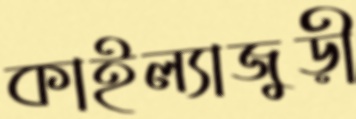
কাইল্যাজুড়ী